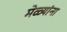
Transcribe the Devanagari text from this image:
मेळ्यांना